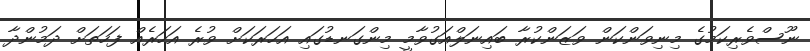
ނޫސްވެރިކަމުގެ މިނިވަންކަން ވަޒަންކުރާ ބައިނަލްއަގުވާމީ މިންގަނޑުގައި އަހަރަކަށް ވުރެ އަހަރެއް ފަހަތަށް ދަމުންދާ